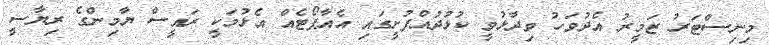
މިނިސްޓަރު ޒަމީރު އެދުވަހު ވިދާޅުވީ ކުޅުދުއްފުށީގައި އެއާޕޯޓެއް އެޅުމަކީ ރައީސް ޔާމިންގެ ރިޔާސީ